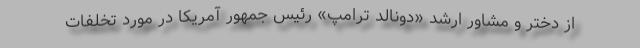
از دختر و مشاور ارشد «دونالد ترامپ» رئیس جمهور آمریکا در مورد تخلفات